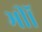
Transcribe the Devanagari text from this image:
भीॉ